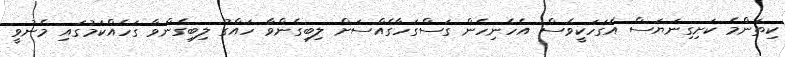
ކިތަންމެ ކަށިގިނަޔަސް އެގަހަކީވެސް އެހެނިހެން ގަސްގަހާގެއްސަށް ލިބިގެންވާ ހައްގު ލިބިގެންވާ ގަހެއްކަމުގައި މެނުވީ